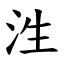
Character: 泩